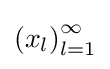
\left(x_{l}\right)_{l=1}^{\infty }